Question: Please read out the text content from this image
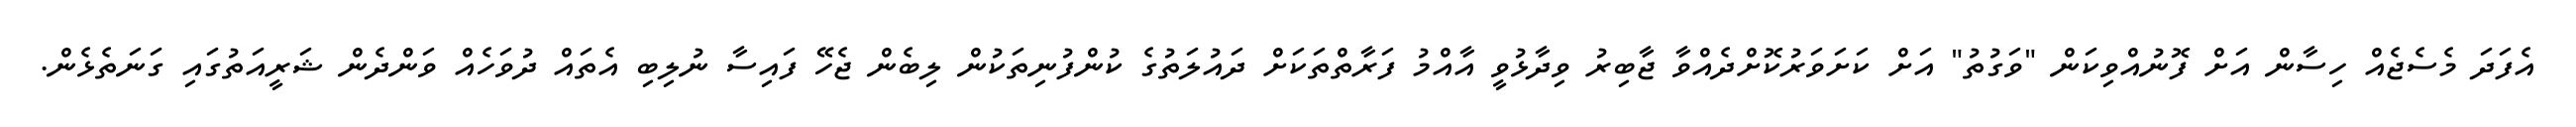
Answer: އެފަދަ މެސެޖެއް ހިސާން އަށް ފޮނުއްވިކަން "ވަގުތު" އަށް ކަށަވަރުކޮށްދެއްވާ ޖާބިރު ވިދާޅުވީ އާއްމު ފަރާތްތަކަށް ދައުލަތުގެ ކުންފުނިތަކުން ލިބެން ޖެހޭ ފައިސާ ނުލިބި އެތައް ދުވަހެއް ވަންދެން ޝަރީއަތުގައި ގަނަތެޅެން.